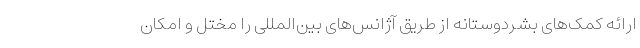
ارائه کمک‌های بشردوستانه از طریق آژانس‌های بین‌المللی را مختل و امکان